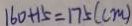
1 6 0 + 1 5 = 1 7 5 ( c m )